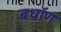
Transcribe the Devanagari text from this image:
बधॉण